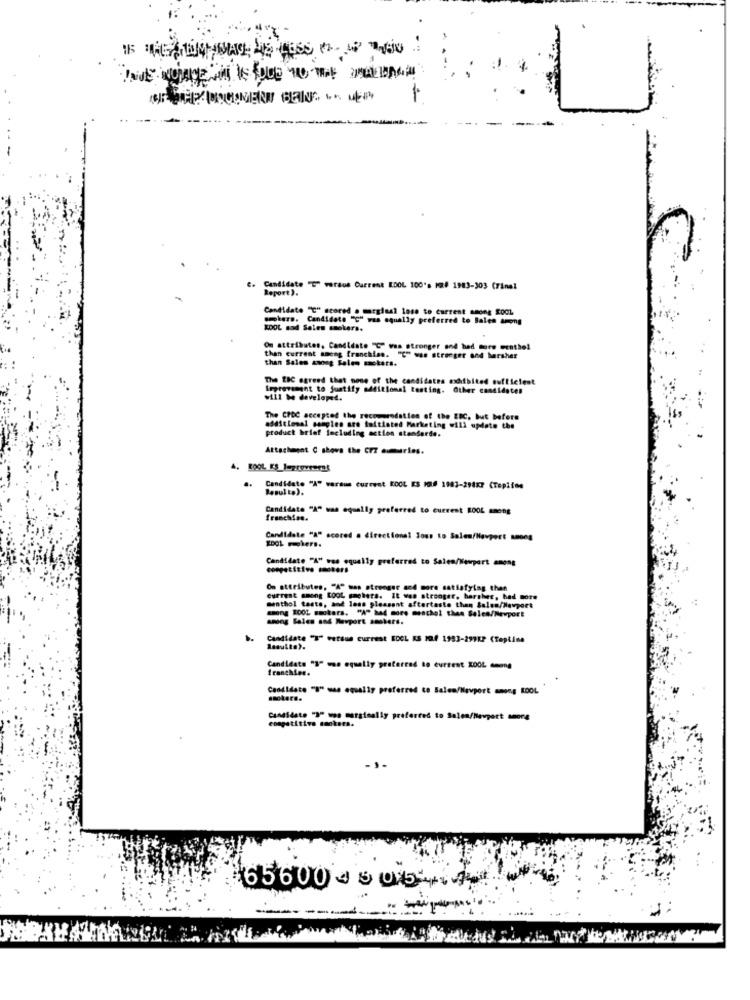
-
U
C. Candidate "D" versus Current IDOL 100's MR# 1983-303 (Tinel
Candidate """ scored o marginal lose to current among Root.
swters. Candidate "C" was equally preferred to Balen among
KOOL nad Salen smokers.
On attributes, Candidate "C was stronger and had more eentão!
than current ameng franchise. "C" was stronger and harsher
than Sales asong Sales mackers.
The EBC agreed that none of the candidates mdfbited sufficient
Improvement to justify additional testing. Other candidates
will be developed.
The CPDC accepted the recommendation of the EBC, but before
additional samples are initiated Marketing will update the
product brief Including action standarde.
Attachment C shows the Cr7 aumurles.
..
Candidate "A" versus current KOOL ES I06 1103-294x7 (Topline
Resulta).
Candidate "A" was equally preferred to current KOOL among
franchise.
Candidate "A" scored . directional Jous to Salen/Havpert 8800g
1001 miers.
Candidate "A" was equally preferred to Salen/Newport among
On attributes, "A" was atrenger and more satisfying then
current among Loot machers. It was stronger, harsher, had more
menthol taste, and loss pleasant aftertaste than Balen/Newport
song 200L smokers. "A" bad more moschel than Selen/Mevport
Candidate "2" versus current ECOL AS 104 1983-299EP (Topline
Results).
Candidats "3" was equally preferred to current KOOL among
franchise.
Candidate "I" mas equally preferred to Salem/Navport among KOOL
smokers.
competitive smokers.
Candidate """ was marginally preferred to Salen/Newport amore
656000005
------